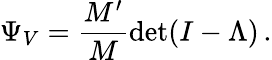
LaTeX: \Psi_{V}=\frac{M^{\prime}}{M}\operatorname*{det}(I-\Lambda)\, .